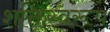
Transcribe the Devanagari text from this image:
शक्तिस्वरूप